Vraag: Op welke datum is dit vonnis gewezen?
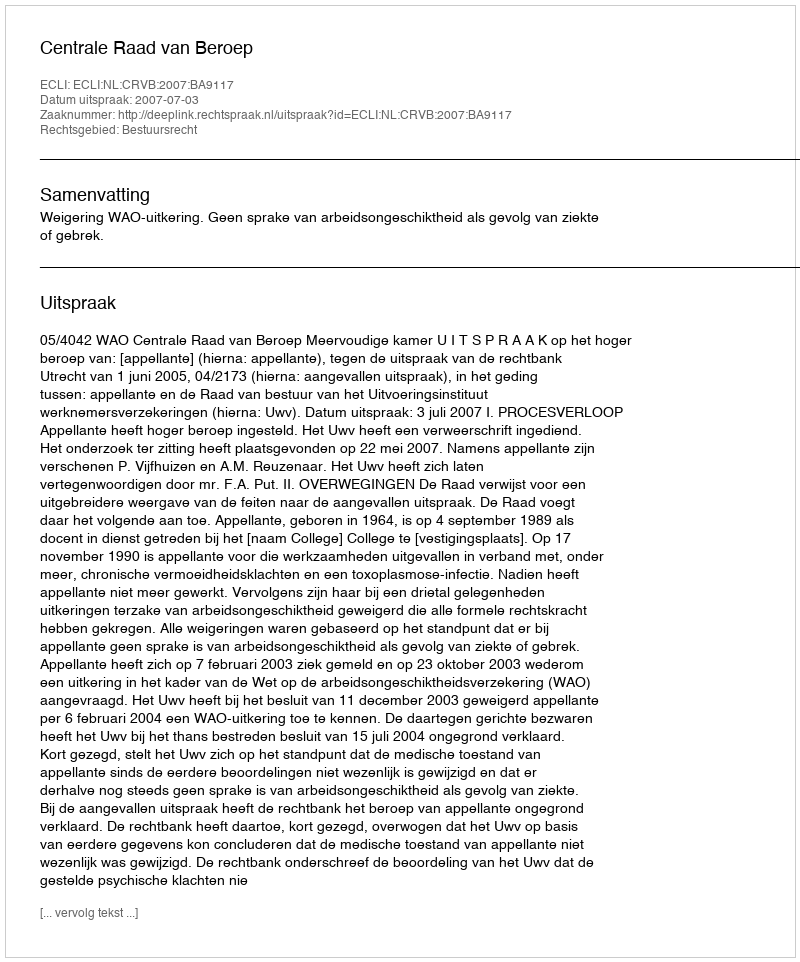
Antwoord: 2007-07-03